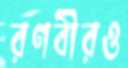
রণবীরও